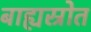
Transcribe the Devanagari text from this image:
बाह्यस्रोत